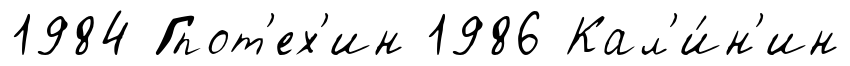
1984 Гпот'ех'ин 1986 Кал'и́н'ин